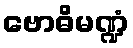
ဗောဓိမဏ္ဍံ